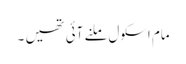
مام اسکول ملنے آئی تھیں ۔